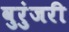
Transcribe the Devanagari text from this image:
वुरुंजरी